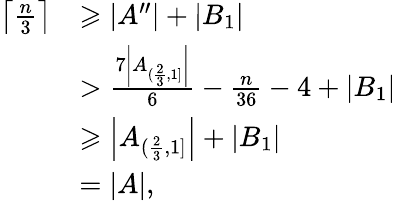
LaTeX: \begin{array}{rl}{\left\lceil\frac{n}{3}\right\rceil}&{\geqslant\left|A^{\prime\prime}\right|+|B_{1}|}\\ &{>\frac{7\left|A_{(\frac{2}{3},1]}\right|}{6}-\frac{n}{36}-4+|B_{1}|}\\ &{\geqslant\left|A_{(\frac{2}{3},1]}\right|+|B_{1}|}\\ &{=|A|,}\end{array}